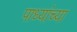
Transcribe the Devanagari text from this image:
पाध्यांच्या